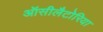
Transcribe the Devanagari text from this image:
ऑसीलैटोरिया